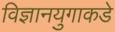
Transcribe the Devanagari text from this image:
विज्ञानयुगाकडे